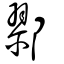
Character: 鄝